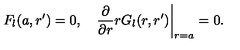
F _ { l } ( a , r ^ { \prime } ) = 0 , \quad { \frac { \partial } { \partial r } } r G _ { l } ( r , r ^ { \prime } ) \bigg | _ { r = a } = 0 .